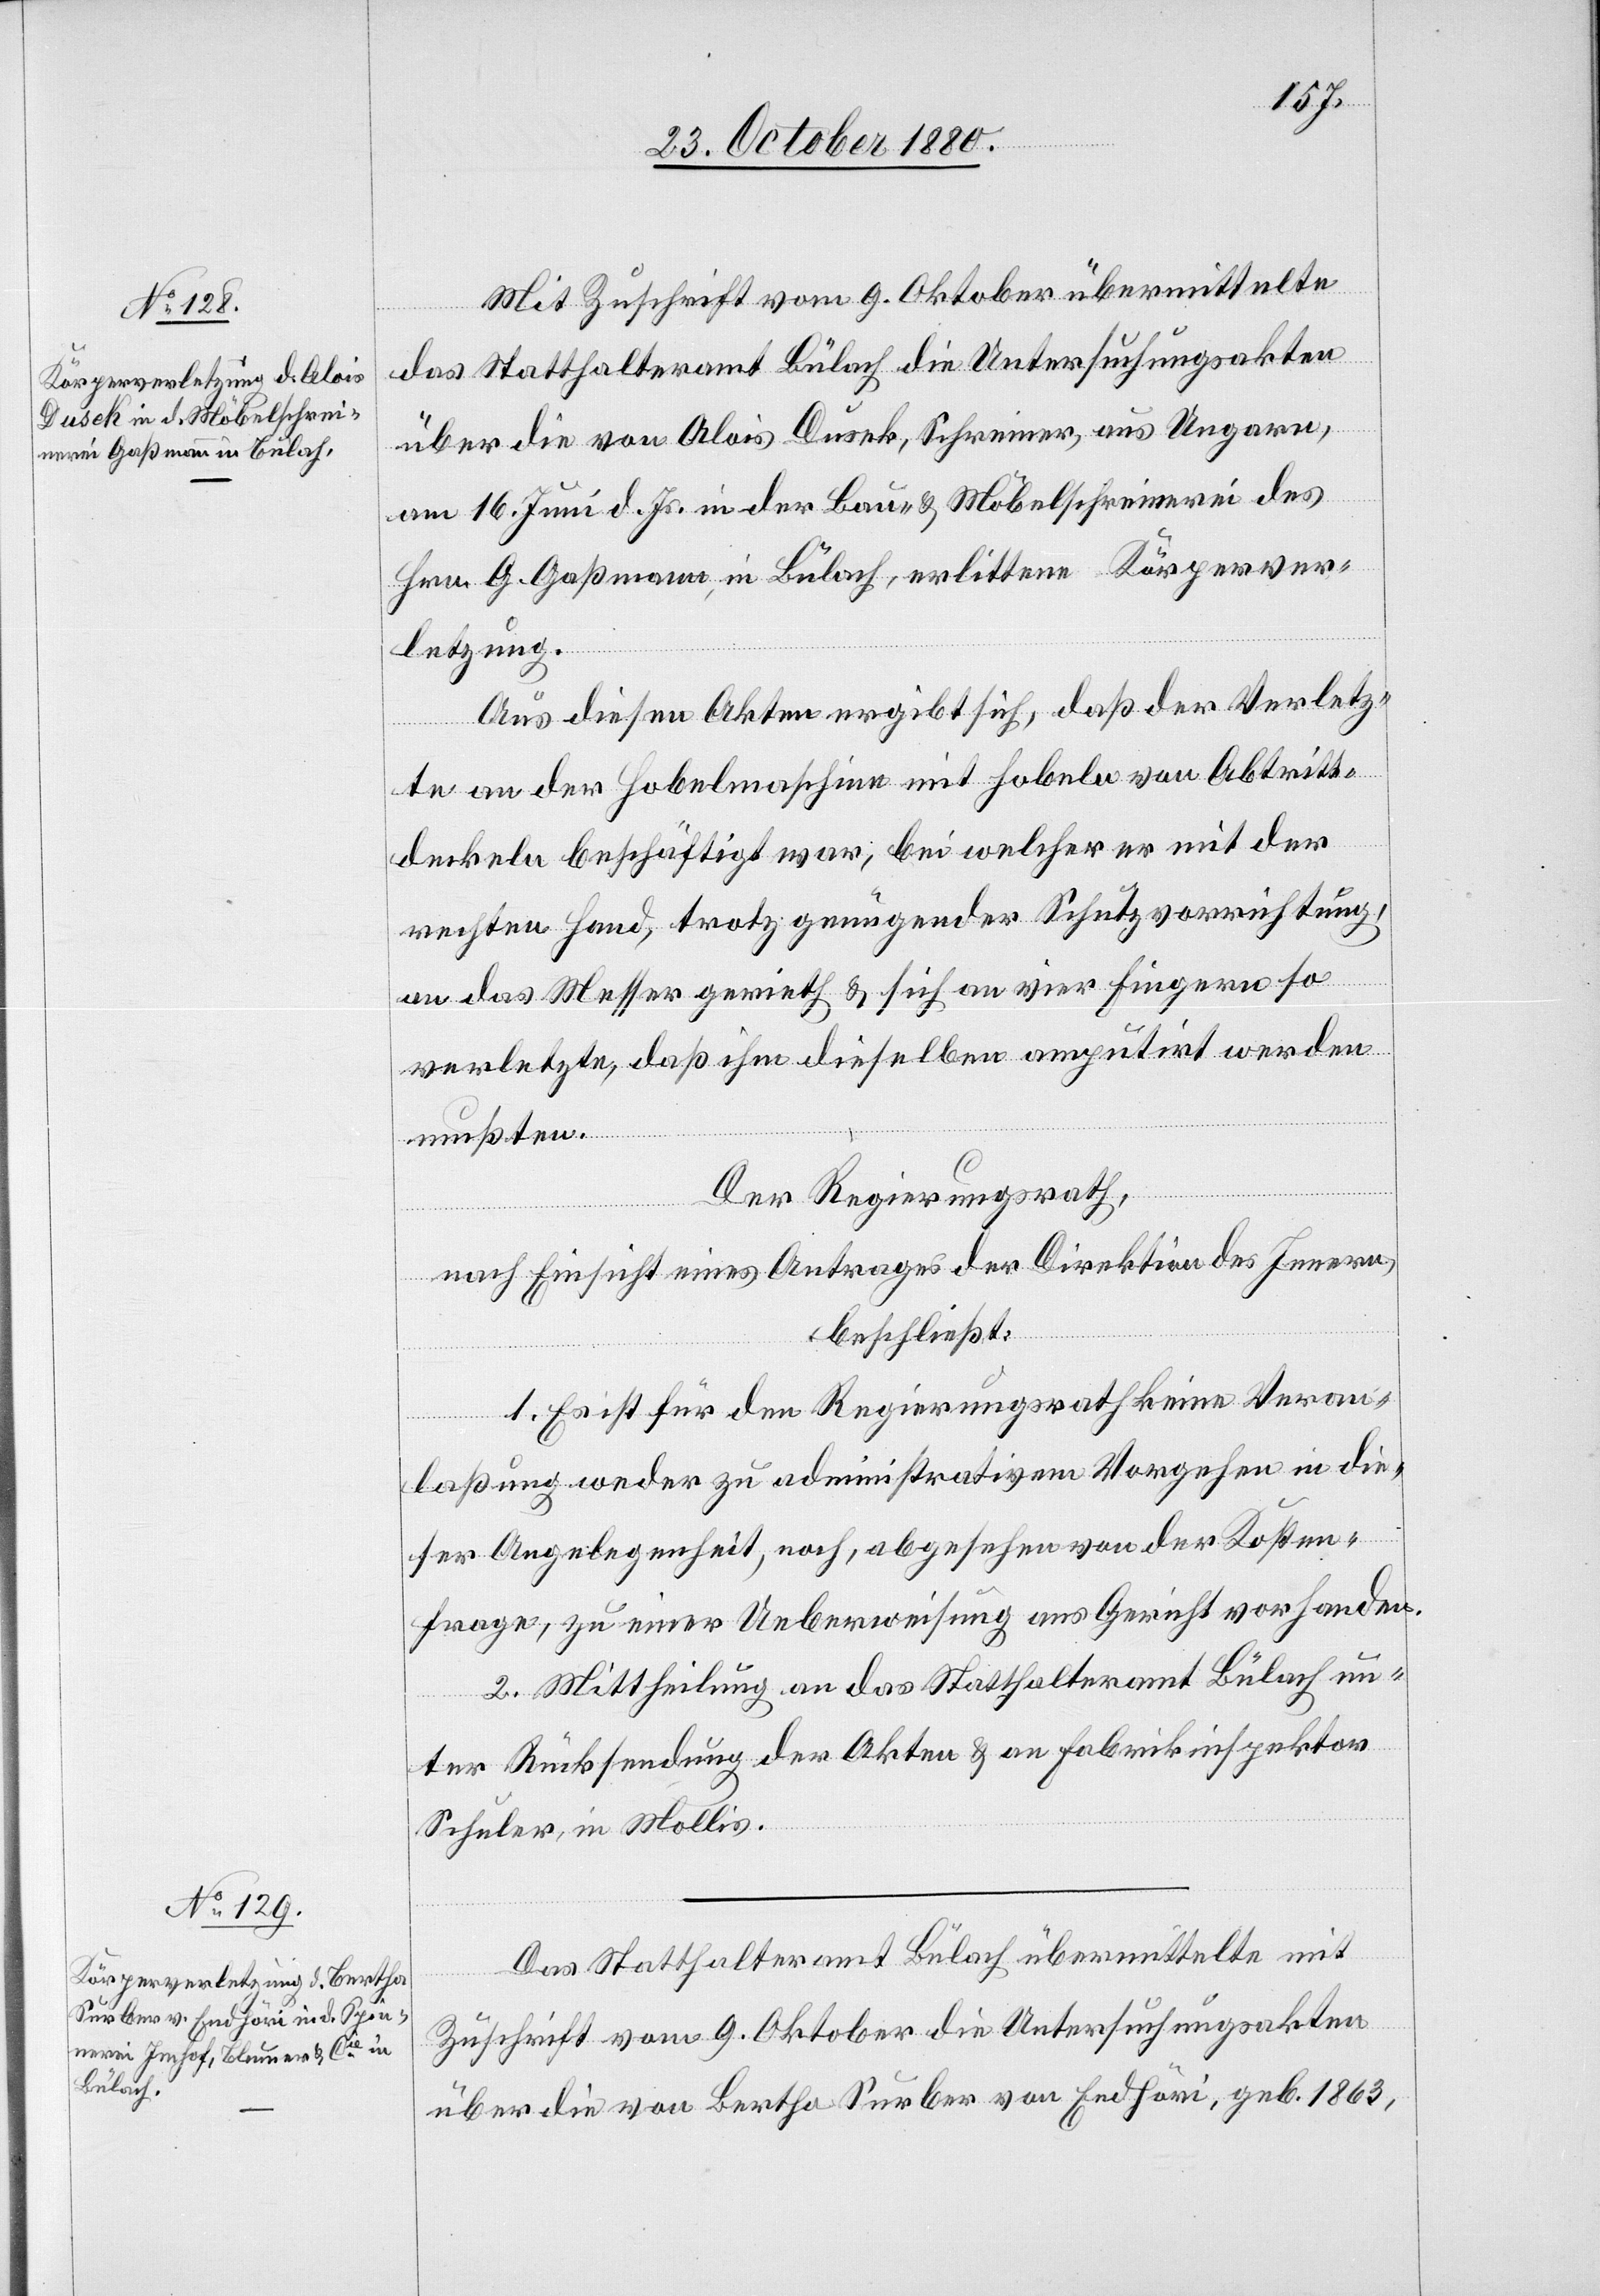
Mit Zuschrift vom 9. Oktober übermittelte
das Statthalteramt Bülach die Untersuchungsakten
über die von Alois Dusek, Schreiner, aus Ungarn,
am 16. Juni d. Js. in der Bau- & Möbelschreinerei des
Hrn. G. Gaßmann, in Bülach, erlittene Körperver¬
letzung.
Aus diesen Akten ergibt sich, daß der Verletz¬
te an der Hobelmaschine mit Hobeln von Abtritt¬
deckeln beschäftig war, bei welcher er mit der
rechten Hand, trotz genügender Schutzvorrichtung,
an das Messer gerieth & sich an vier Fingern so
verletzte, daß ihm dieselben amputiert werden
mußten.
Der Regierungsrath,
nach Einsicht eines Antrages der Direktion des Innern,
beschließt:
1. Es ist für den Regierungsrath keine Veran¬
laßung weder zu administrativem Vorgehen in die¬
ser Angelegenheit, noch abgesehen von der Kosten¬
frage, zu einer Ueberweisung ans Gericht vorhanden.
2. Mittheilung an das Statthalteramt Bülach un¬
ter Rücksendung der Akten & an Fabrikinspektor
Schuler, in Mollis.
Das Statthalteramt Bülach übermittelte mit
Zuschrift vom 9. Oktober die Untersuchungsakten
über die von Bertha Surber von Endhöri, geb. 1863,